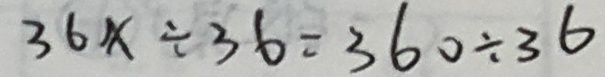
3 6 x \div 3 6 = 3 6 0 \div 3 6